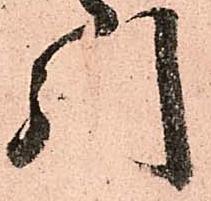
引